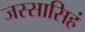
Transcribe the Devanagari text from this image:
जस्सासिहं